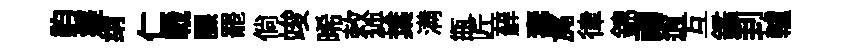
韵癡绡仁戰課罷倘竣晞敕䘧葉满瓶匠蘚夀旄律錦禱逍互鑑刲轤